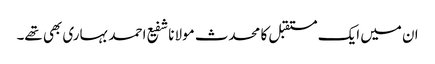
ان میں ایک مستقبل کا محدث مولانا شفیع احمد بہاری بھی تھے۔